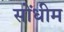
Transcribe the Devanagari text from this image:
सोंधीम